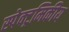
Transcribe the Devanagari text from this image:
स्पेक्ट्रमिकीय